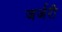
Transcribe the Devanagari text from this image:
जर्जरी